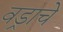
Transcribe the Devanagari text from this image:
वड्राचे